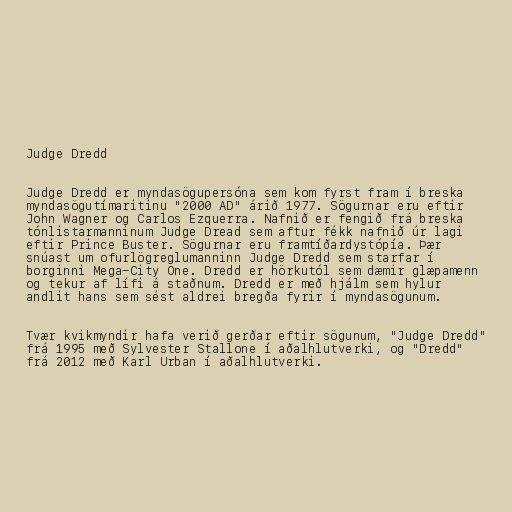
Judge Dredd

Judge Dredd er myndasögupersóna sem kom fyrst fram í breska
myndasögutímaritinu "2000 AD" árið 1977. Sögurnar eru eftir
John Wagner og Carlos Ezquerra. Nafnið er fengið frá breska
tónlistarmanninum Judge Dread sem aftur fékk nafnið úr lagi
eftir Prince Buster. Sögurnar eru framtíðardystópía. Þær
snúast um ofurlögreglumanninn Judge Dredd sem starfar í
borginni Mega-City One. Dredd er hörkutól sem dæmir glæpamenn
og tekur af lífi á staðnum. Dredd er með hjálm sem hylur
andlit hans sem sést aldrei bregða fyrir í myndasögunum.

Tvær kvikmyndir hafa verið gerðar eftir sögunum, "Judge Dredd"
frá 1995 með Sylvester Stallone í aðalhlutverki, og "Dredd"
frá 2012 með Karl Urban í aðalhlutverki.